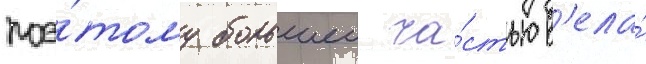
поэ́тому большеи ча́стью в'ела́